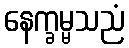
နေက္ခမ္မသညံ